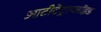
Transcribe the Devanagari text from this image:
आटीटेट्राप्लॉइड